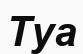
Туа